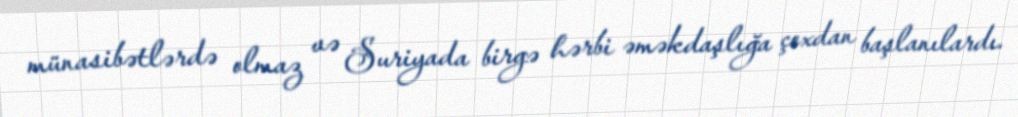
münasibətlərdə olmaz və Suriyada birgə hərbi əməkdaşlığa çoxdan başlanılardı.